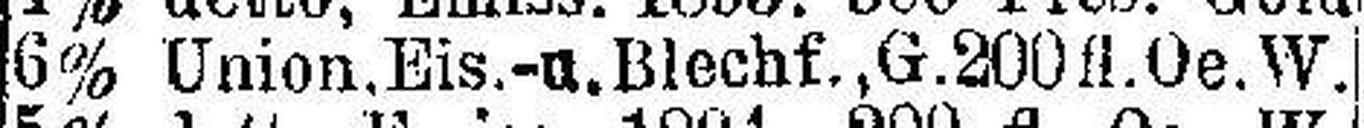
6% Union.Eis.-u. Blechf., G.200 fl.Oe.W.